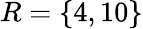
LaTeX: R=\{ 4,10\}